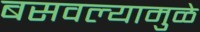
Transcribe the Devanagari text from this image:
बसवल्यामुळे